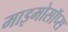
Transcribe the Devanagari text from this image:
माइमोसॉप्स